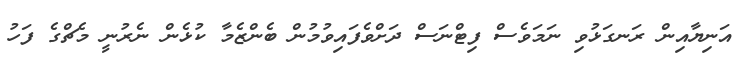
އަނިޔާއިން ރަނގަޅުވި ނަމަވެސް ފިޓްނަސް ދަށްވެފައިވުމުން ބެންޒެމާ ކުޅެން ނެރުނީ މެޗްގެ ފަހު